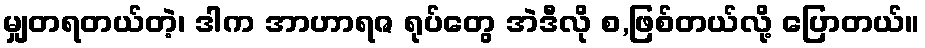
မျှတရတယ်တဲ့၊ ဒါက အာဟာရဇ ရုပ်တွေ အဲဒီလို စ,ဖြစ်တယ်လို့ ပြောတယ်။